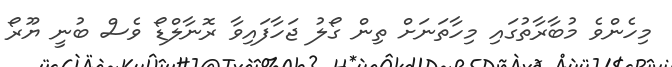
މިހެންވެ މުބާރާތުގައި މިހާތަނަށް ތިން ގޯލު ޖަހާފައިވާ ރޮނާލްޑޯ ވެސް ބުނީ ޔޫރޯ